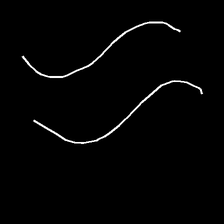
Glyph: float